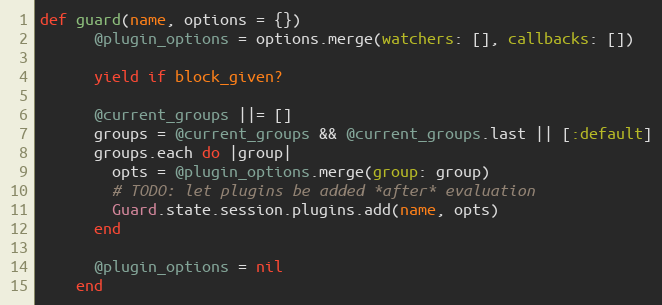
Language: Ruby
def guard(name, options = {})
      @plugin_options = options.merge(watchers: [], callbacks: [])

      yield if block_given?

      @current_groups ||= []
      groups = @current_groups && @current_groups.last || [:default]
      groups.each do |group|
        opts = @plugin_options.merge(group: group)
        # TODO: let plugins be added *after* evaluation
        Guard.state.session.plugins.add(name, opts)
      end

      @plugin_options = nil
    end